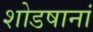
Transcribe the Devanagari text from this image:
शोडषानां